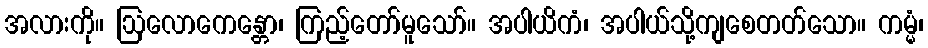
အလားကို။ ဩလောကေန္တော၊ ကြည့်တော်မူသော်။ အပါယိကံ၊ အပါယ်သို့ကျစေတတ်သော။ ကမ္မံ၊